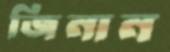
জিনান